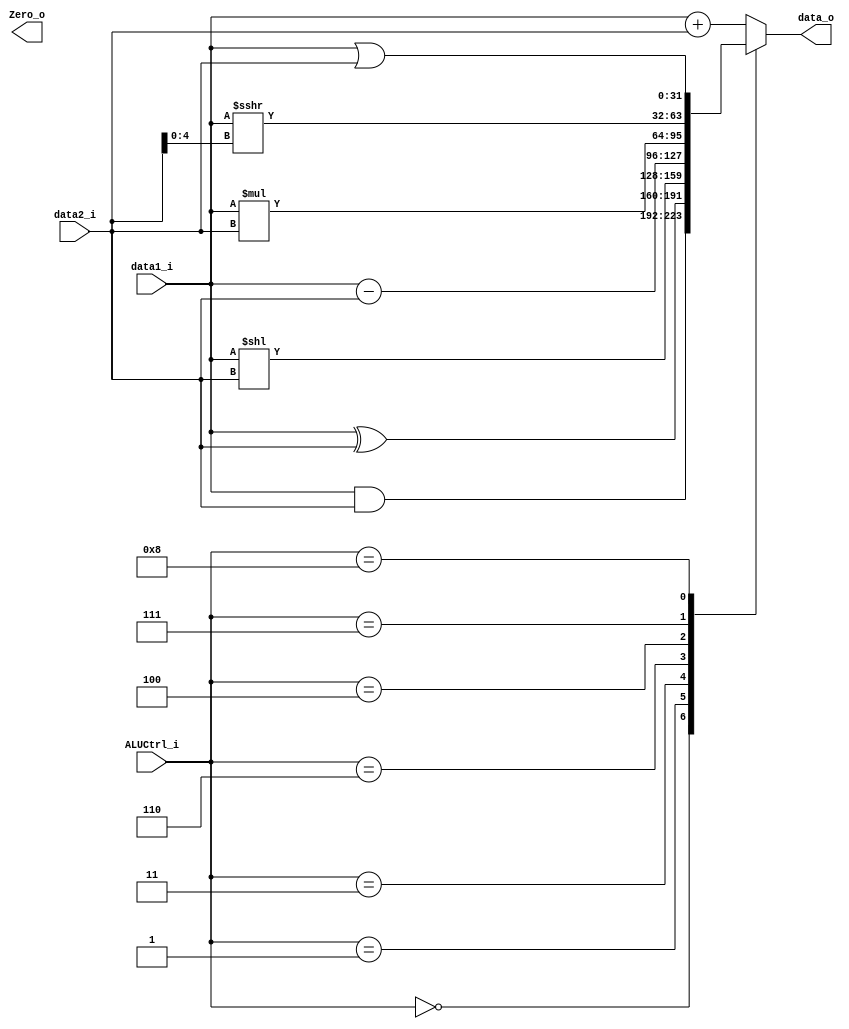
module ALU(
	data1_i,
	data2_i,
	ALUCtrl_i,
	data_o,
	Zero_o // not used
);

input signed [31:0] data1_i;
input [31:0] data2_i;


input [3:0] ALUCtrl_i; 
output reg signed [31:0] data_o;

output Zero_o;

parameter ALUCtrl_and = 4'b0_000;
parameter ALUCtrl_xor = 4'b0_001;
parameter ALUCtrl_add = 4'b0_010;
parameter ALUCtrl_sll = 4'b0_011;
parameter ALUCtrl_mul = 4'b0_100;
parameter ALUCtrl_addi = 4'b0_101;
parameter ALUCtrl_sub = 4'b0_110;
parameter ALUCtrl_srai = 4'b0_111;
parameter ALUCtrl_or = 4'b1_000; 

always @(*) begin
	case(ALUCtrl_i)
		ALUCtrl_and: data_o <= data1_i & data2_i; 
		ALUCtrl_xor: data_o <= data1_i ^ data2_i;
		ALUCtrl_sll: data_o <= data1_i << data2_i;
		ALUCtrl_add: data_o <= data1_i + data2_i;
		ALUCtrl_sub: data_o <= data1_i - data2_i;
		ALUCtrl_mul: data_o <= data1_i * data2_i;
		ALUCtrl_addi: data_o <= data1_i + data2_i;
		ALUCtrl_srai: data_o <= data1_i >>> data2_i[4:0];
		ALUCtrl_or: data_o <= data1_i | data2_i; 
		default: data_o <= data1_i + data2_i;
	endcase
end

endmodule